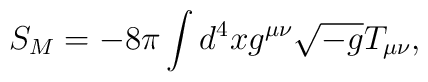
S_M=-8\pi\int d^4xg^{\mu\nu}\sqrt{-g}T_{\mu\nu},